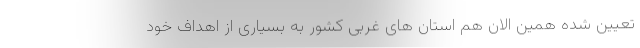
تعیین شده همین الان هم استان های غربی کشور به بسیاری از اهداف خود